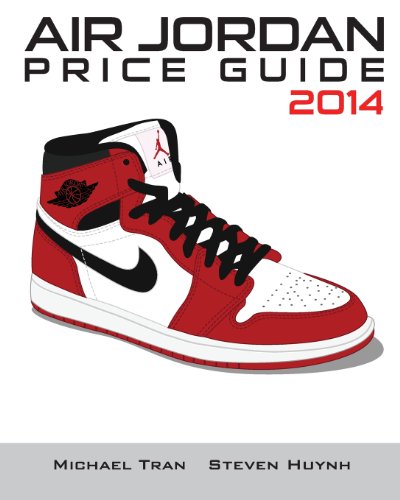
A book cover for Air Jordan Price Guide 2014 (Black/White); Michael Tran; Crafts, Hobbies & Home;